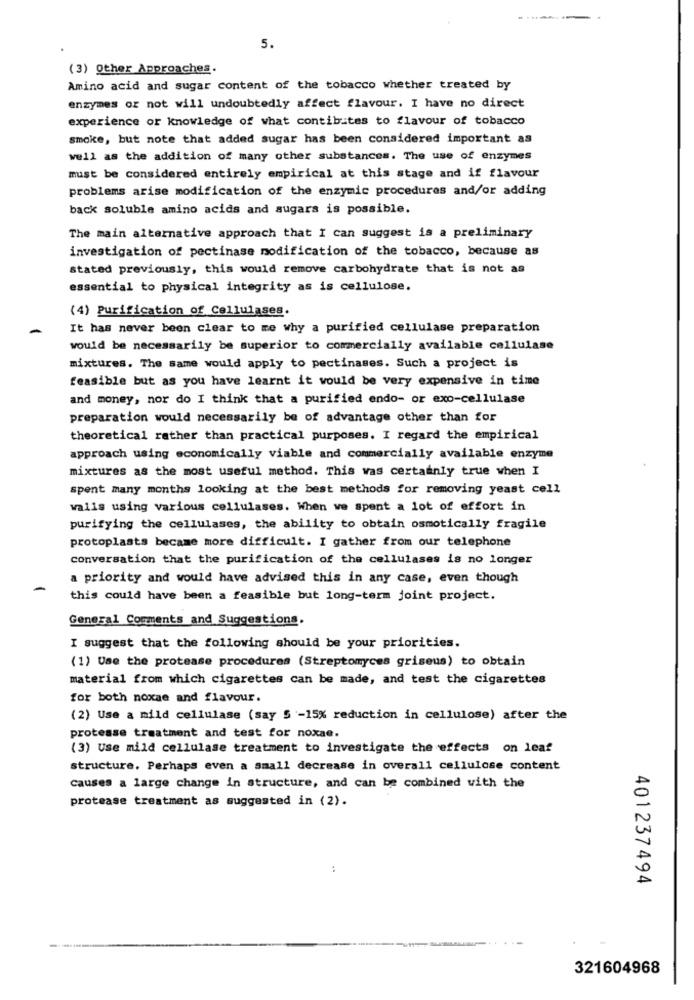
5.
(3) Other Approaches.
Amino acid and sugar content of the tobacco whether treated by
enzymes or not will undoubtedly affect flavour. I have no direct
experience or knowledge of what contibites to flavour of tobacco
smoke, but note that added sugar has been considered important as
well as the addition of many other substances. The use of enzymes
must be considered entirely empirical at this stage and if flavour
problems arise modification of the enzymic procedures and/or adding
back soluble amino acids and sugars is possible.
The main alternative approach that I can suggest is a preliminary
investigation of pectinase modification of the tobacco, because as
stated previously, this would remove carbohydrate that is not as
essential to physical integrity as is cellulose.
(4) Purification of Cellulases.
It has never been clear to me why a purified cellulase preparation
would be necessarily be superior to commercially available cellulase
mixtures. The same would apply to pectinases. Such a project is
feasible but as you have learnt it would be very expensive in time
and money, nor do I think that a purified endo- or exo-cellulase
preparation would necessarily be of advantage other than for
theoretical rather than practical purposes. I regard the empirical
approach using economically viable and commercially available enzyme
mixtures as the most useful method. This was certainly true when I
spent many months looking at the best methods for removing yeast cell
walls using various cellulases. When we spent a lot of effort in
purifying the cellulases, the ability to obtain osmotically fragile
protoplasts became more difficult. I gather from our telephone
conversation that the purification of the cellulases is no longer
a priority and would have advised this in any case, even though
this could have been a feasible but long-term joint project.
General Comments and Suggestions.
I suggest that the following should be your priorities.
(1) Use the protease procedures (Streptomyces griseus) to obtain
material from which cigarettes can be made, and test the cigarettes
for both noxae and flavour.
(2) Use a mild cellulase (say 5 -15% reduction in cellulose) after the
protease treatment and test for noxae.
(3) Use mild cellulase treatment to investigate the effects on leaf
structure. Perhaps even a small decrease in overall cellulose content
causes a large change in structure, and can be combined with the
protease treatment as suggested in (2).
..
401237494
321604968